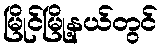
မြိုင်မြို့နယ်တွင်